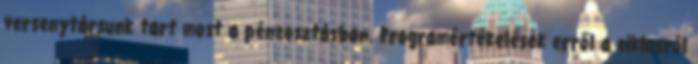
versenytársunk tart most a pénzosztásban. Programértékelések erről a ciklusról